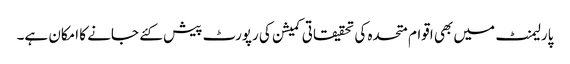
پارلیمنٹ میں بھی اقوام متحدہ کی تحقیقاتی کمیشن کی رپورٹ پیش کئے جانے کا امکان ہے۔